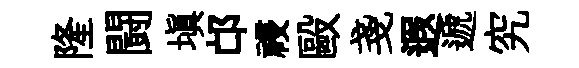
隆闘塡邙祲毆戔遐遞究